Mental hospitals Bombay report 1921-28 - 1921-1928
Year: 1921
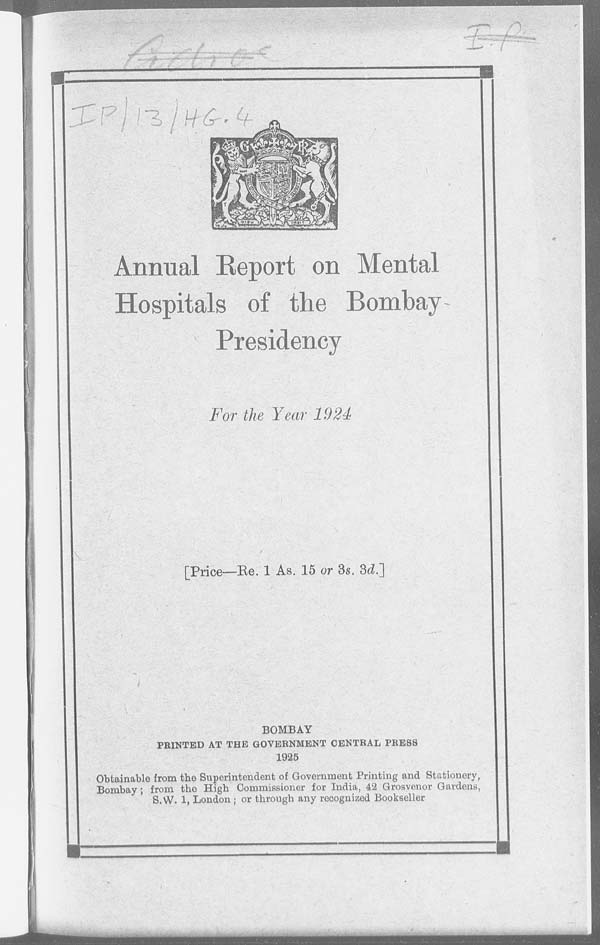
Annual Report on Mental
Hospitals of the Bombay
Presidency
For the Year 1924
[Price—Re. 1 As. 15 or 3s. 3d.]
BOMBAY
PRINTED AT THE GOVERNMENT CENTRAL PRESS
1925
Obtainable from the Superintendent of Government Printing and Stationery,
Bombay; from the High Commissioner for India, 42 Grosvenor Gardens,
S. W. 1, London; or through any recognized Bookseller